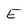
Character: E